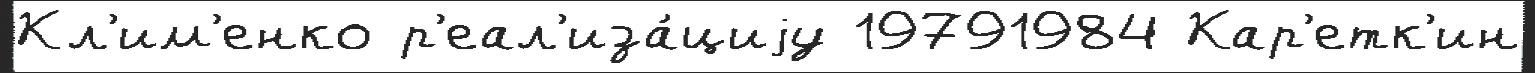
Кл'им'енко р'еал'иза́циjу 19791984 Кар'етк'ин